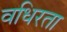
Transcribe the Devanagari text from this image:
वधिरता